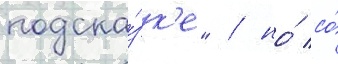
подска́зк'е" / но́ со́